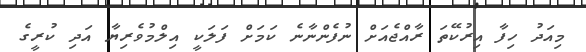
މިއަދު ހިފާ އިރުކޭތަ ރާއްޖެއަށް ނުފެންނާނެ ކަމަށް ފަލަކީ އިލްމުވެރިޔާ އަދި ކުރީގެ